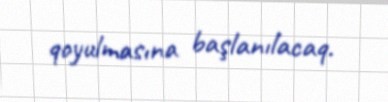
qoyulmasına başlanılacaq.